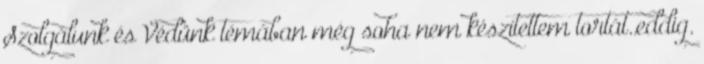
Szolgálunk és Védünk témában még soha nem készítettem tortát..eddig.